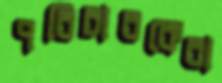
পরিচারকেরা